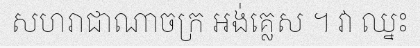
សហរាជាណាចក្រ អង់គ្លេស ។ វា ឈ្នះ